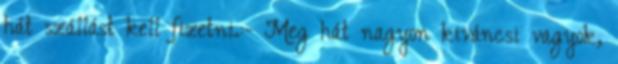
hát szállást kell fizetni.:- Meg hát nagyon kiváncsi vagyok,